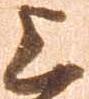
上